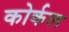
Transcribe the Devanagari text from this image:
कोर्कल